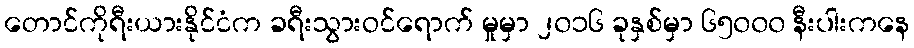
တောင်ကိုရီးယားနိုင်ငံက ခရီးသွားဝင်ရောက် မှုမှာ ၂၀၁၆ ခုနှစ်မှာ ၆၅၀၀၀ နီးပါးကနေ